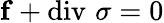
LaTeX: \mathbf{f}+\operatorname{div}\, \sigma=0